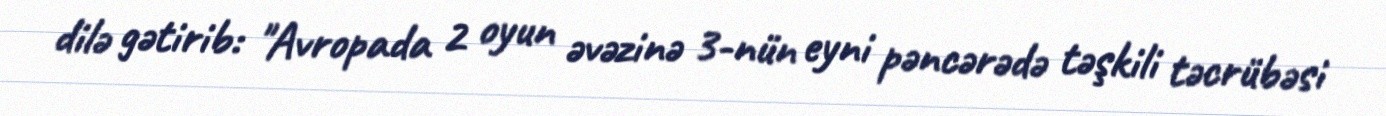
dilə gətirib: "Avropada 2 oyun əvəzinə 3-nün eyni pəncərədə təşkili təcrübəsi